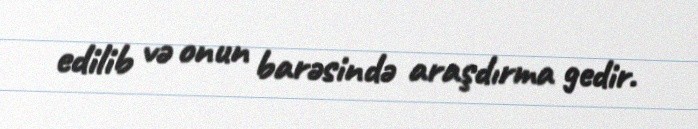
edilib və onun barəsində araşdırma gedir.